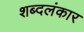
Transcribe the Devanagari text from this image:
शब्दलंकार